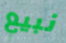
نبيع